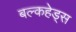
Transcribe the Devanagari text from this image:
बल्‍कहेड्स